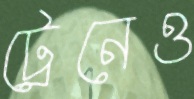
ট্রেনেও